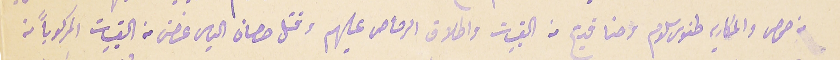
من حمص والمكاريه طنوس سلوم وحنا  قديح من القبيات واطلاق الرصاص عليهم وقتل حصان الياس غصن من القبيات المركوباً من